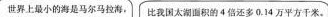
世界上最小的海是马尔马拉海，比我国太湖面积的4倍还多0.14万平方千米。